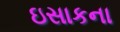
ઇસાકના